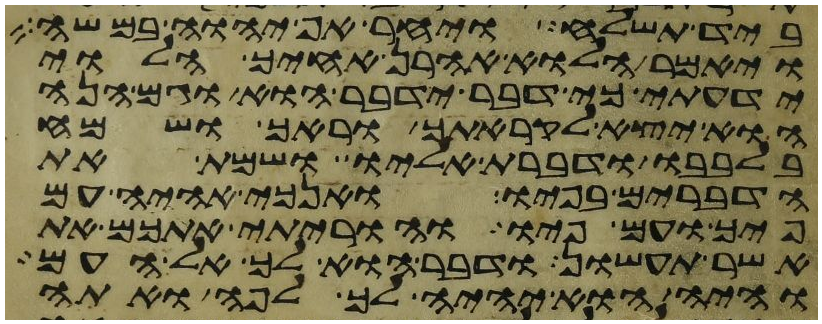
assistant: ביד תשלח ויחר אף יהוה במשה
ויאמר הלוא אהרן אחיך הלוי
ידעתי כי דבר ידבר הוא וגם הנה
הוא יצא לקראתך וראך ושמח
בלבבו ודברת אליו ושמת את
הדברים בפיו ואנכי אהיה עם
פיך ועם פיו והוריתי אתכם את
אשר תעשון ודבר הוא לך אל העם
והיה הוא יהיה לך לפה ואתה